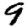
Digit: 9